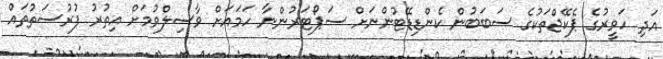
އަދި ހަވީރުގެ ޕެކޭޖްތަކުގެ ސަބަބުން ކެންޑިޑޭޓުންނަށް ސަޕޯޓަރުންނާ ހަމައަށް ވާސިލްވުމަށް އިތުރު ފުރުސަތުތައް